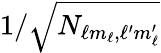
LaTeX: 1/\sqrt{N_{\ell m_{\ell},\ell^{\prime}m_{\ell}^{\prime}}}